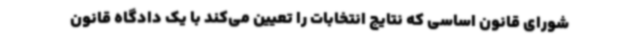
شورای قانون اساسی که نتایج انتخابات را تعیین می‌کند با یک دادگاه قانون